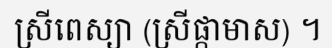
ស្រីពេស្យា (ស្រីផ្កាមាស) ។